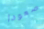
صعودا